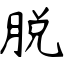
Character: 脱